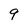
Character: 9